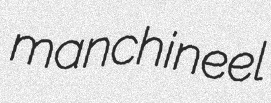
manchineel